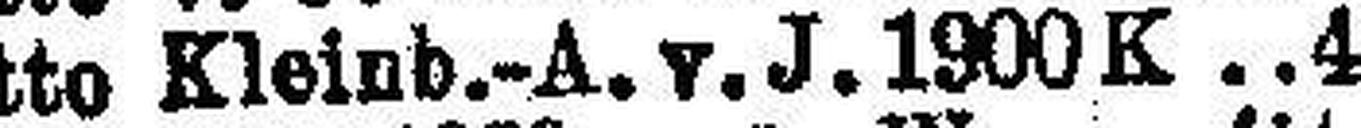
detto Kleinb.-A. v. J. 1900 K 4